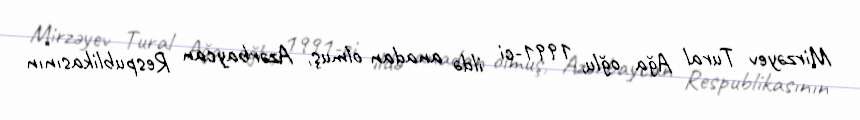
Mirzəyev Tural Ağa oğlu, 1991-ci ildə anadan olmuş, Azərbaycan Respublikasının